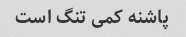
پاشنه کمی تنگ است